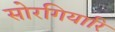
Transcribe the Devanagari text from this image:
सोरगियारि